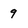
Character: 9